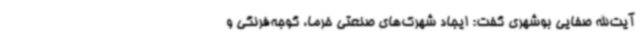
آیت‌الله صفایی بوشهری گفت: ایجاد شهرک‌های صنعتی خرما، گوجه‌فرنگی و